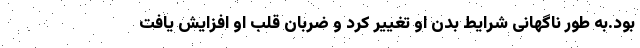
بود.به طور ناگهانی شرایط بدن او تغییر کرد و ضربان قلب او افزایش یافت